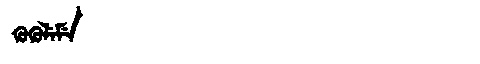
Manchu: ᡴᡠᡴᡠᠯᡝᠮᡝ
Romanization: KUKULEME